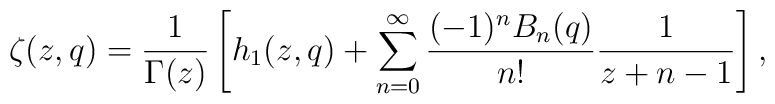
\zeta(z,q)=\frac1{\Gamma(z)}\left[h_1(z,q)+\sum_{n=0}^{\infty} \frac{(-1)^nB_n(q)}{n!}\frac1{z+n-1}\right],